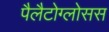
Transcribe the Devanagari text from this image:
पैलैटोग्लोसस